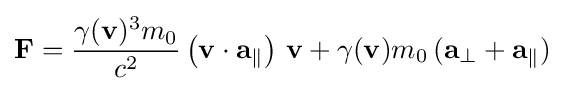
\mathbf {F} ={\frac {\gamma (\mathbf {v} )^{3}m_{0}}{c^{2}}}\left(\mathbf {v} \cdot \mathbf {a} _{\parallel }\right)\,\mathbf {v} +\gamma (\mathbf {v} )m_{0}\,(\mathbf {a} _{\perp }+\mathbf {a} _{\parallel })